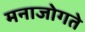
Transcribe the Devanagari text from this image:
मनाजोगते